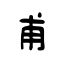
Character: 甫